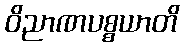
ဝိညာဏပစ္စယာတိ